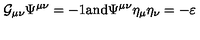
{ \cal G } _ { \mu \nu } \Psi ^ { \mu \nu } = - 1 \mathrm { a n d } \Psi ^ { \mu \nu } \eta _ { \mu } \eta _ { \nu } = - \varepsilon